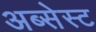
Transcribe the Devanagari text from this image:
अब्सेस्ट